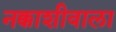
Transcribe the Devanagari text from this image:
नक्काशीवाला